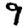
Digit: 9